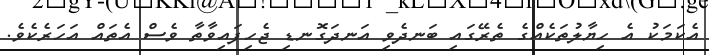
އެކަމަކު އެ ހިޔާލުތަކެއްގެ ތެރޭގައި ބަނދެވި އަނދަގޮނޑި ޖެހިފައިވާތާ ވެސް އެތައް އަހަރެކެވެ.